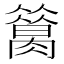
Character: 𦠪